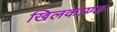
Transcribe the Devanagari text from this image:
खिलकाण्ड